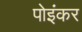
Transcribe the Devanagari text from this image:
पोइंकर